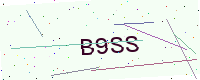
Text: B9SS